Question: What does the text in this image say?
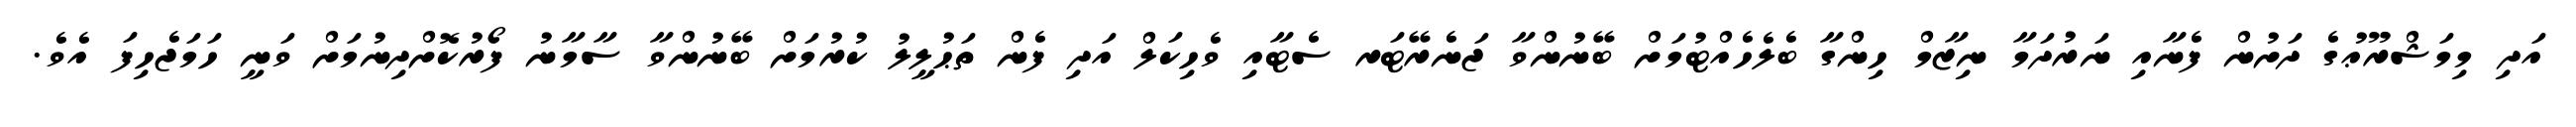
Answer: އަދި މިމަޝްރޫޢުގެ ދަށުން ފެނާއި ނަރުދަމާ ނިޒާމް ހިންގާ ބެލެހެއްޓުމަށް ބޭނުންވާ ޖަނެރޭޓަރ ސެޓާއި ވެހިކަލް އަދި ފެން ތަޙުލީލު ކުރުމަށް ބޭނުންވާ ސާމާނު ފޯރުކޮށްދިނުމަށް ވަނީ ހަމަޖެހިފަ އެވެ.